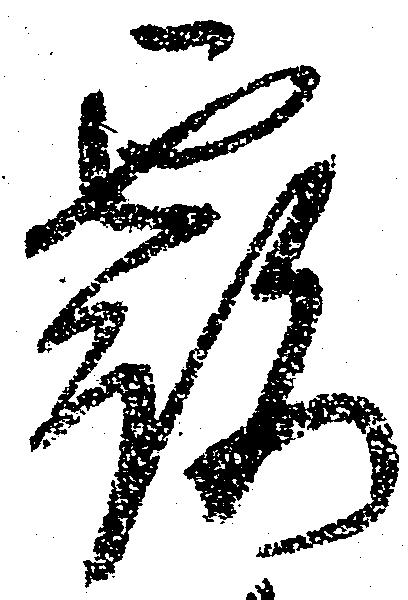
露